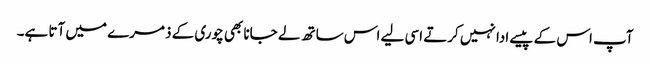
آپ اس کے پیسے ادا نہیں کرتے اسی لیے اس ساتھ لے جانا بھی چوری کے ذمرے میں آتا ہے۔